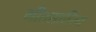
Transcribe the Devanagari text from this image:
गीतसाहित्य